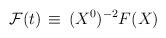
LaTeX: \begin{align*}{\cal F}(t) \, \equiv \, (X^0)^{-2} F(X)\end{align*}